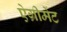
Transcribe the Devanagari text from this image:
ऐग्रीमेंट